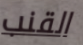
القنب